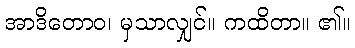
အာဒိတောဝ၊ မှသာလျှင်။ ကထိတာ။ ၏။